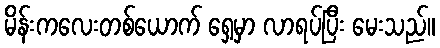
မိန်းကလေးတစ်ယောက် ရှေ့မှာ လာရပ်ပြီး မေးသည်။